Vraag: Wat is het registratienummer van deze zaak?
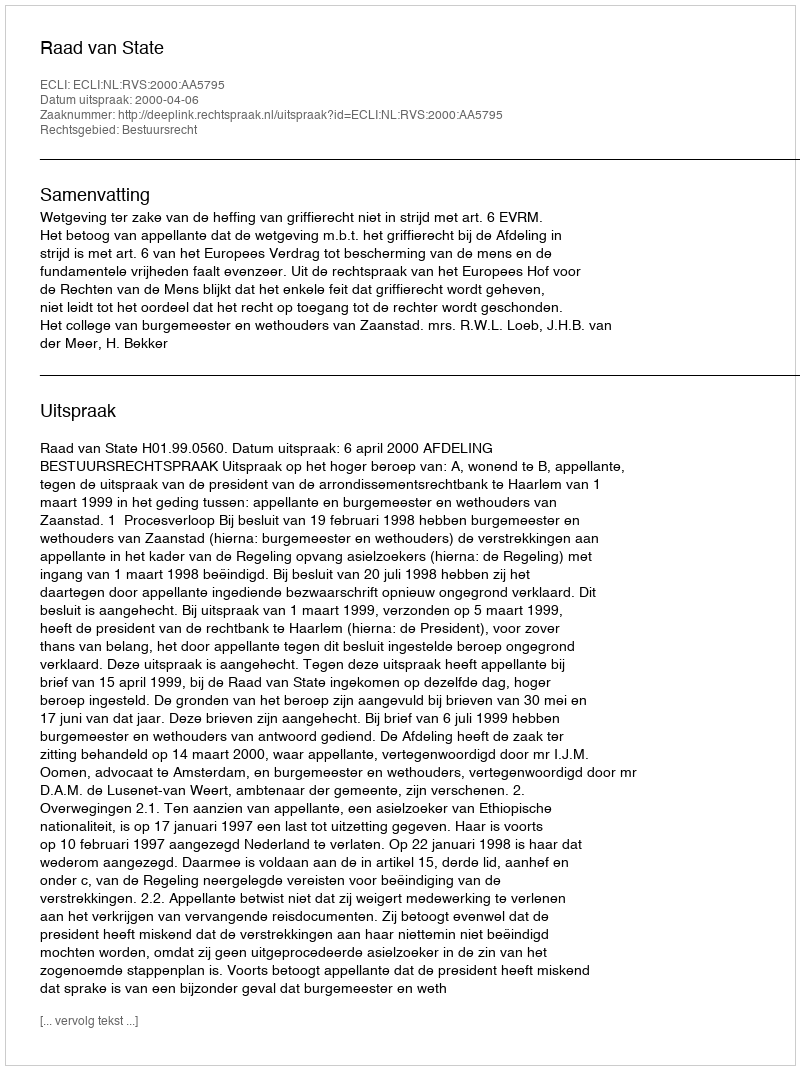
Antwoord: http://deeplink.rechtspraak.nl/uitspraak?id=ECLI:NL:RVS:2000:AA5795